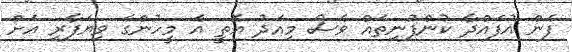
ފެން އުފައްދާ ކުންފުނިތައް ވެސް މިއަދު އޮތީ އެ މީހުންގެ ވިޔަފާރި އަށް